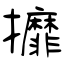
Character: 攠